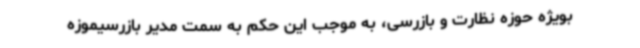
بویژه حوزه نظارت و بازرسی، به موجب این حکم به سمت مدیر بازرسیموزه